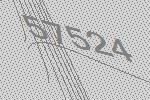
57524